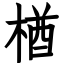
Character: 楢